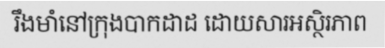
រឹងមាំនៅក្រុងបាកដាដ ដោយសារអស្ថិរភាព